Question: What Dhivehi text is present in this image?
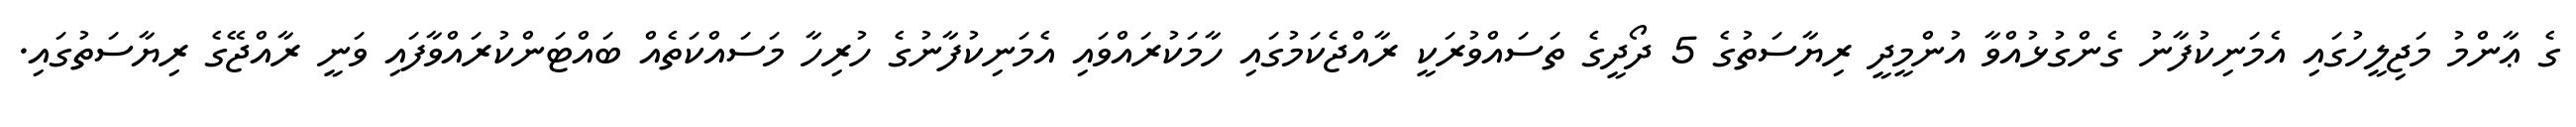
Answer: ގެ ޢާންމު މަޖިލީހުގައި އެމަނިކުފާނު ގެންގުޅުއްވާ އުންމީދީ ރިޔާސަތުގެ 5 ދޯދީގެ ތަސައްވުރަކީ ރާއްޖެކަމުގައި ހާމަކުރައްވައި އެމަނިކުފާނުގެ ހުރިހާ މަސައްކަތެއް ބައްޓަންކުރައްވާފައި ވަނީ ރާއްޖޭގެ ރިޔާސަތުގައި.